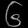
Digit: ၆